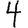
Digit: 4